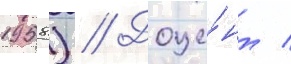
1958) // Доце́нт /